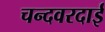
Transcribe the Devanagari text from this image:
चन्दवरदाई